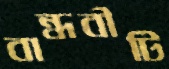
বান্ধবীটি